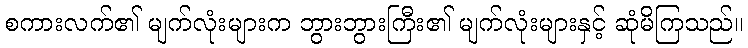
စကားလက်၏ မျက်လုံးများက ဘွားဘွားကြီး၏ မျက်လုံးများနှင့် ဆုံမိကြသည်။